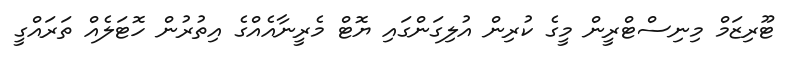
ޓޫރިޒަމް މިނިސްޓްރީން މީގެ ކުރިން އުލިގަންގައި ޔޮޓް މެރީނާއެއްގެ އިތުރުން ހޮޓަލެއް ތަރައްގީ